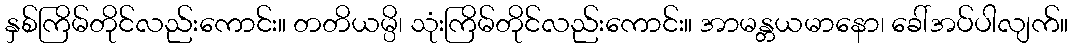
နှစ်ကြိမ်တိုင်လည်းကောင်း။ တတိယမ္ပိ၊ သုံးကြိမ်တိုင်လည်းကောင်း။ အာမန္တယမာနော၊ ခေါ်အပ်ပါလျက်။